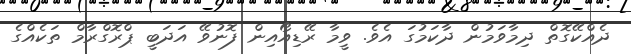
ދެއްކޭގޮތް ދިމާވަމުން ދާކަމުގަ އެވެ. ވީމާ ރޭޑިއޯއިން ފޮނުވޭ އަދަބީ ޕްރޮގްރާމް ތަކެއްގެ